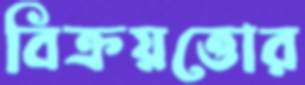
বিক্রয়ত্তোর